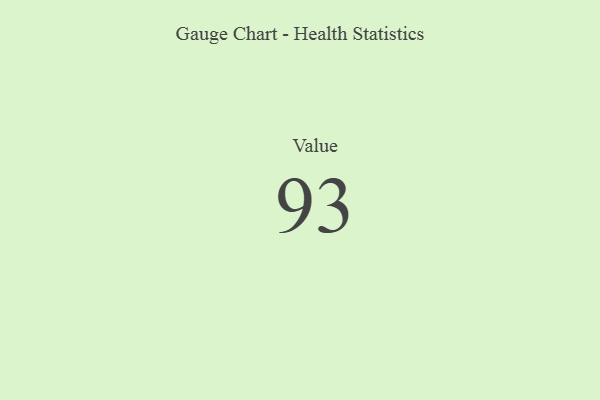
{"axis": {"x": "Metric", "y": "Value"}, "legend": [""], "data": [{"x": "Value", "y": 93, "type": ""}]}